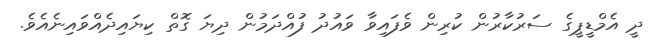
ދީ އެމްޑީޕީގެ ސަރުކާރުން ކުރިން ވެފައިވާ ވައުދު ފުއްދަމުން ދިޔަ ގޮތް ކިޔައިދެއްވައިނެއެވެ.